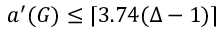
a ^ { \prime } ( G ) \leq \lceil 3 . 7 4 ( \Delta - 1 ) \rceil